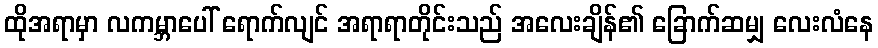
ထိုအရာမှာ လကမ္ဘာပေါ် ရောက်လျင် အရာရာတိုင်းသည် အလေးချိန်၏ ခြောက်ဆမျှ လေးလံနေ